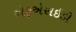
એફએસઇડી